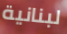
لبنانية